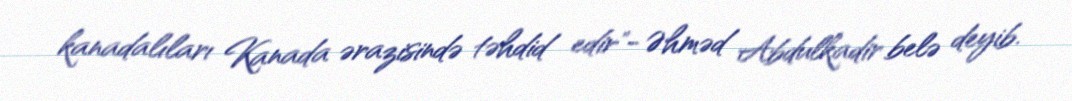
kanadalıları Kanada ərazisində təhdid edir"- Əhməd Abdulkadir belə deyib.